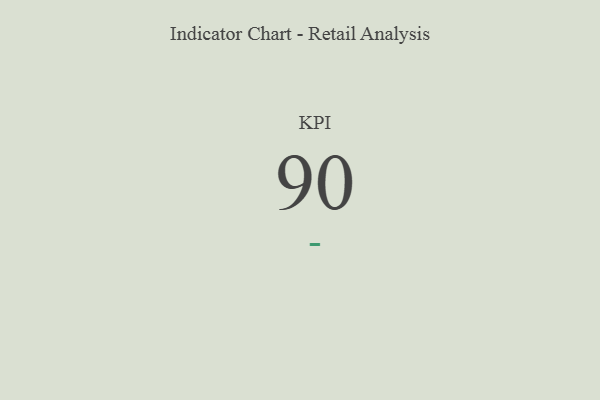
{"axis": {"x": "KPI", "y": "Value"}, "legend": [""], "data": [{"x": "KPI", "y": 90, "type": ""}]}